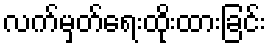
လက်မှတ်ရေးထိုးထားခြင်း